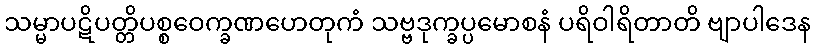
သမ္မာပဋိပတ္တိပစ္စဝေက္ခဏဟေတုကံ သဗ္ဗဒုက္ခပ္ပမောစနံ ပရိဝါရိတာတိ ဗျာပါဒေန